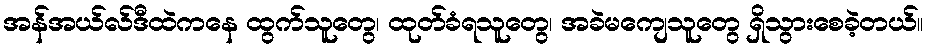
အန်အယ်လ်ဒီထဲကနေ ထွက်သူတွေ၊ ထုတ်ခံရသူတွေ၊ အခဲမကျေသူတွေ ရှိသွားစေခဲ့တယ်။